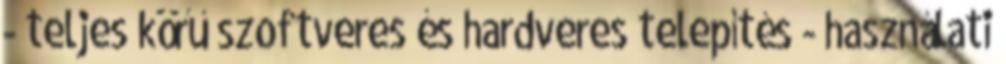
- teljes körű szoftveres és hardveres telepítés - használati